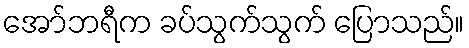
အော်ဘရီက ခပ်သွက်သွက် ပြောသည်။